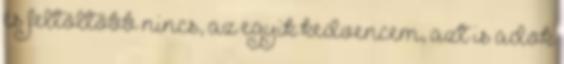
és feltöltőbb nincs, az egyik kedvencem, azt is adok